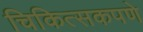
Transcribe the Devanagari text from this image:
चिकित्सकपणे